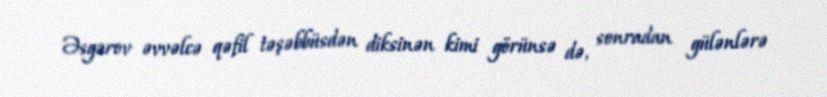
Əsgərov əvvəlcə qəfil təşəbbüsdən diksinən kimi görünsə də, sonradan gülənlərə